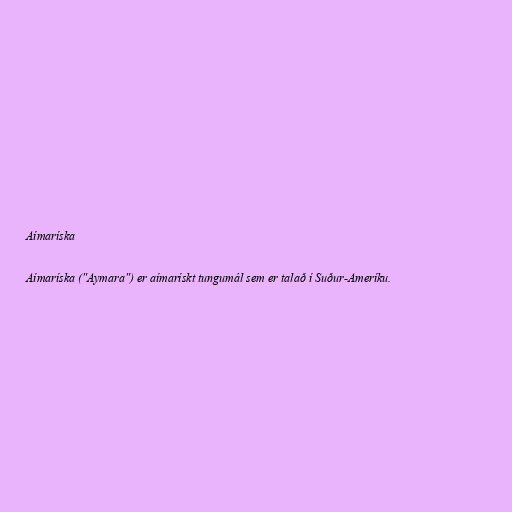
Aímaríska

Aímaríska ("Aymara") er aímarískt tungumál sem er talað í Suður-Ameríku.